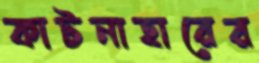
কাটনাহারের